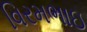
વિરમભાઇ